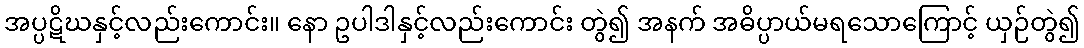
အပ္ပဋိဃနှင့်လည်းကောင်း။ နော ဥပါဒါနှင့်လည်းကောင်း တွဲ၍ အနက် အဓိပ္ပာယ်မရသောကြောင့် ယှဉ်တွဲ၍